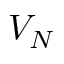
V _ { N }